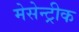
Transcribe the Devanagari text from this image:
मेसेन्ट्रीक